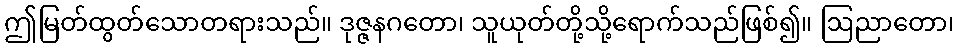
ဤမြတ်ထွတ်သောတရားသည်။ ဒုဇ္ဇနဂတော၊ သူယုတ်တို့သို့ရောက်သည်ဖြစ်၍။ ဩညာတော၊